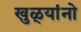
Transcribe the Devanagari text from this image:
खुळ्यांनो